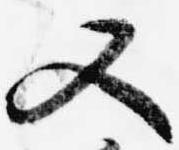
又